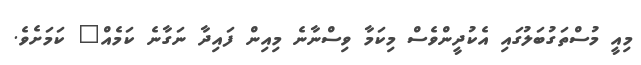
މިއީ މުސްތަގުބަލުގައި އެކުދީންވެސް މިކަމާ ވިސްނާނެ މިއިން ފައިދާ ނަގާނެ ކަމެއް" ކަމަށެވެ.